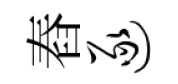
舂逐